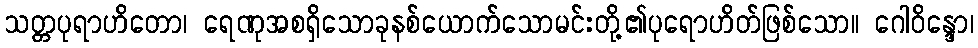
သတ္တပုရာဟိတော၊ ရေဏုအစရှိသောခုနစ်ယောက်သောမင်းတို့၏ပုရောဟိတ်ဖြစ်သော။ ဂေါဝိန္ဒော၊